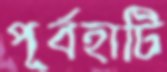
পূর্বহাটি